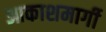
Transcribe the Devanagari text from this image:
आकाशमार्गी